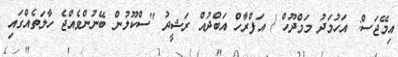
އިމޭޖަސް: އަހުމަދު މަމްދޫހް / އަފްރާހް އަބްދުއް ރަޝީދު "ސްކޫލުން ބޭނުންވެއްޖެ ހާލަތެއްގައި